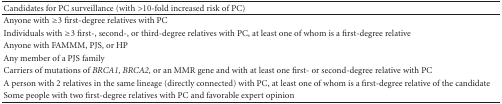
<table><thead><tr><td><b>Candidates for PC surveillance (with &gt;10-fold increased risk of PC)</b></td></tr></thead><tbody><tr><td>Anyone with ≥3 first-degree relatives with PC</td></tr><tr><td>Individuals with ≥3 first-, second-, or third-degree relatives with PC, at least one of whom is a first-degree relative</td></tr><tr><td>Anyone with FAMMM, PJS, or HP</td></tr><tr><td>Any member of a PJS family</td></tr><tr><td>Carriers of mutations of <i>BRCA1, BRCA2, </i>or an MMR gene and with at least one first- or second-degree relative with PC</td></tr><tr><td>A person with 2 relatives in the same lineage (directly connected) with PC, at least one of whom is a first-degree relative of the candidate</td></tr><tr><td>Some people with two first-degree relatives with PC and favorable expert opinion</td></tr></tbody></table>